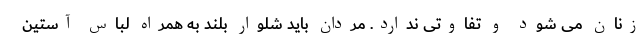
زنان می شود و تفاوتی ندارد. مردان باید شلوار بلند به همراه لباس آستین